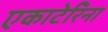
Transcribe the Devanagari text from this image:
एकाटेरिना